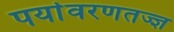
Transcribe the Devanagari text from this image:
पर्यावरणतज्ज्ञ